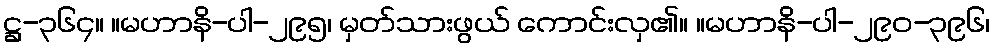
ဋ္ဌ-၃၆၄။ ။မဟာနိ-ပါ-၂၉၅၊ မှတ်သားဖွယ် ကောင်းလှ၏။ ။မဟာနိ-ပါ-၂၉၀-၃၉၆၊